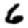
Digit: 6